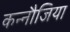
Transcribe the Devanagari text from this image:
कन्नौजिया